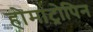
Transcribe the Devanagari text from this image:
होमाट्रोपिन